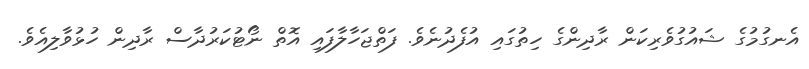
އެނގުމުގެ ޝައުގުވެރިކަން ރާދިންގެ ހިތުގައި އުފެދުނެވެ. ފަތްޖަހާލާފައި އޮތް ނޯޓުކަރުދާސް ރާދިން ހުޅުވާލިއެވެ.